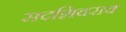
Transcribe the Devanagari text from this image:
सदशिवराव